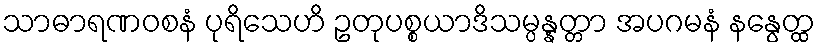
သာဓာရဏဝစနံ ပုရိသေဟိ ဥတုပစ္စယာဒိသမ္ပန္နတ္တာ အပဂမနံ နနွေတ္ထ